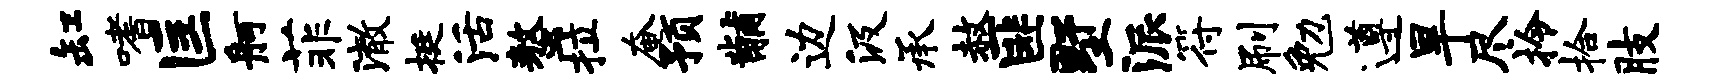
缸嗜匡舸菲澈挺活螯拉奄预黼边汲承赦匪墅派符刷勉遵旱尽拎拾肢